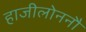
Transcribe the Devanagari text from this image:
हाजीलोननौ